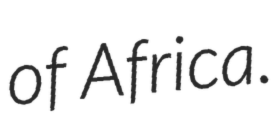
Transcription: of Africa.